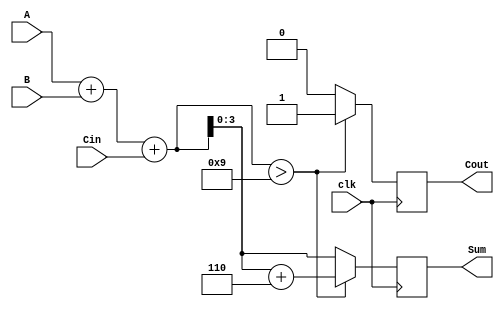
module BCD_Synchronous_Adder (
    input wire [3:0] A,       // First BCD digit (0-9)
    input wire [3:0] B,       // Second BCD digit (0-9)
    input wire clk,           // Clock signal
    input wire Cin,           // Optional carry input
    output reg [3:0] Sum,     // BCD output (sum)
    output reg Cout           // Carry output
);

    reg [4:0] S;              // 5-bit sum to accommodate possible carry

    always @(posedge clk) begin
        // Perform binary addition
        S = A + B + Cin;       // Add inputs A, B, and carry input Cin
        
        // Check for BCD correction condition
        if (S > 5'b01001) begin
            // If sum is greater than 9, apply correction
            S = S + 5'b00110;   // Add 6 to correct the BCD output
            Cout = 1;           // Set carry output
        end else begin
            Cout = 0;           // No carry
        end
        
        // Assign the result to Sum
        Sum = S[3:0];           // Take the lower 4 bits as the BCD result
    end

endmodule